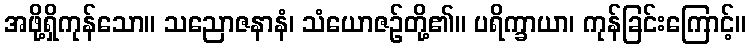
အဖို့ရှိကုန်သော။ သညောဇနာနံ၊ သံယောဇဉ်တို့၏။ ပရိက္ခာယာ၊ ကုန်ခြင်းကြောင့်။